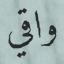
واقي